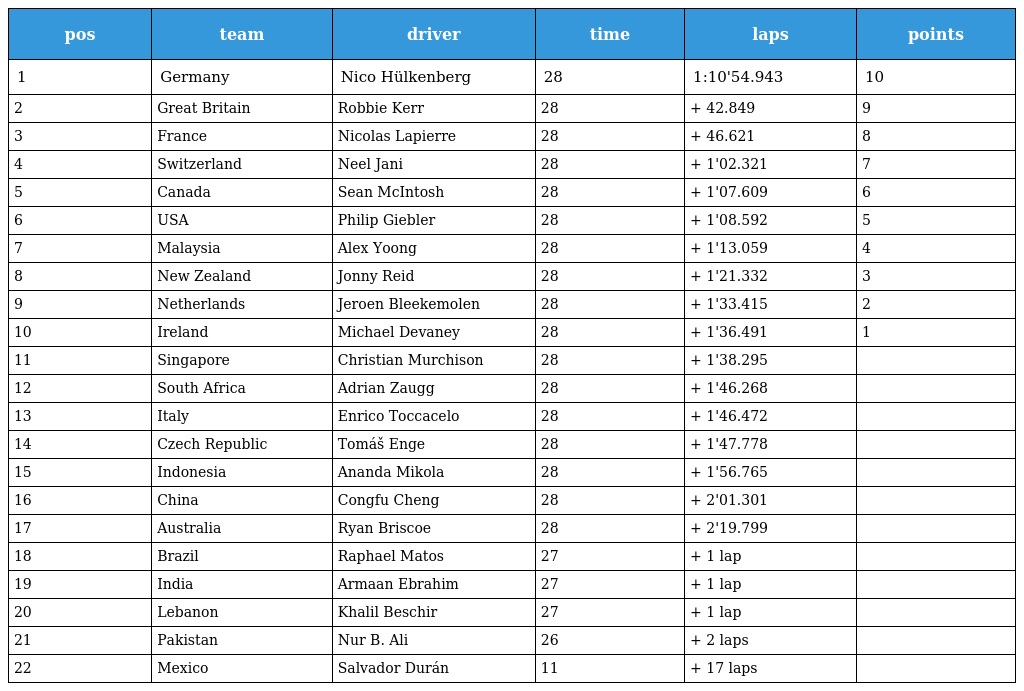
| pos | team | driver | time | laps | points |
 | --- | --- | --- | --- | --- | --- |
 | 1 | Germany | Nico Hülkenberg | 28 | 1:10'54.943 | 10 |
 | 2 | Great Britain | Robbie Kerr | 28 | + 42.849 | 9 |
 | 3 | France | Nicolas Lapierre | 28 | + 46.621 | 8 |
 | 4 | Switzerland | Neel Jani | 28 | + 1'02.321 | 7 |
 | 5 | Canada | Sean McIntosh | 28 | + 1'07.609 | 6 |
 | 6 | USA | Philip Giebler | 28 | + 1'08.592 | 5 |
 | 7 | Malaysia | Alex Yoong | 28 | + 1'13.059 | 4 |
 | 8 | New Zealand | Jonny Reid | 28 | + 1'21.332 | 3 |
 | 9 | Netherlands | Jeroen Bleekemolen | 28 | + 1'33.415 | 2 |
 | 10 | Ireland | Michael Devaney | 28 | + 1'36.491 | 1 |
 | 11 | Singapore | Christian Murchison | 28 | + 1'38.295 |  |
 | 12 | South Africa | Adrian Zaugg | 28 | + 1'46.268 |  |
 | 13 | Italy | Enrico Toccacelo | 28 | + 1'46.472 |  |
 | 14 | Czech Republic | Tomáš Enge | 28 | + 1'47.778 |  |
 | 15 | Indonesia | Ananda Mikola | 28 | + 1'56.765 |  |
 | 16 | China | Congfu Cheng | 28 | + 2'01.301 |  |
 | 17 | Australia | Ryan Briscoe | 28 | + 2'19.799 |  |
 | 18 | Brazil | Raphael Matos | 27 | + 1 lap |  |
 | 19 | India | Armaan Ebrahim | 27 | + 1 lap |  |
 | 20 | Lebanon | Khalil Beschir | 27 | + 1 lap |  |
 | 21 | Pakistan | Nur B. Ali | 26 | + 2 laps |  |
 | 22 | Mexico | Salvador Durán | 11 | + 17 laps |  |